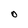
Character: O